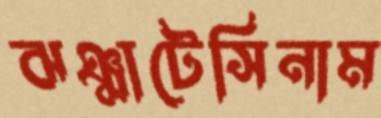
ঝঞ্ঝাটেসিনাম